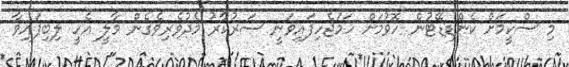
މި ސްކީމަށް ކެންޑިޑޭޓުން ހޮވުމަށް ހަމަޖެހިފައިވަނީ ސަރުކާރު މެދުވެރިވެގެން މާލީ އެހީ ލިބިފައިވާ